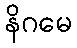
နိဂမေ